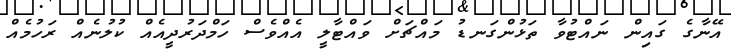
އޭނާގެ ގައިން ނައްޓުވާ ތަޅުންގަނޑު މައްޗަށް ވައްޓާލީ އެއްވެސް ހަމްދަރުދީއެއް ކުލުނެއް ރަހުމެއް